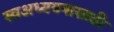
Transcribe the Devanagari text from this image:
स्वअध्ययनासाठी